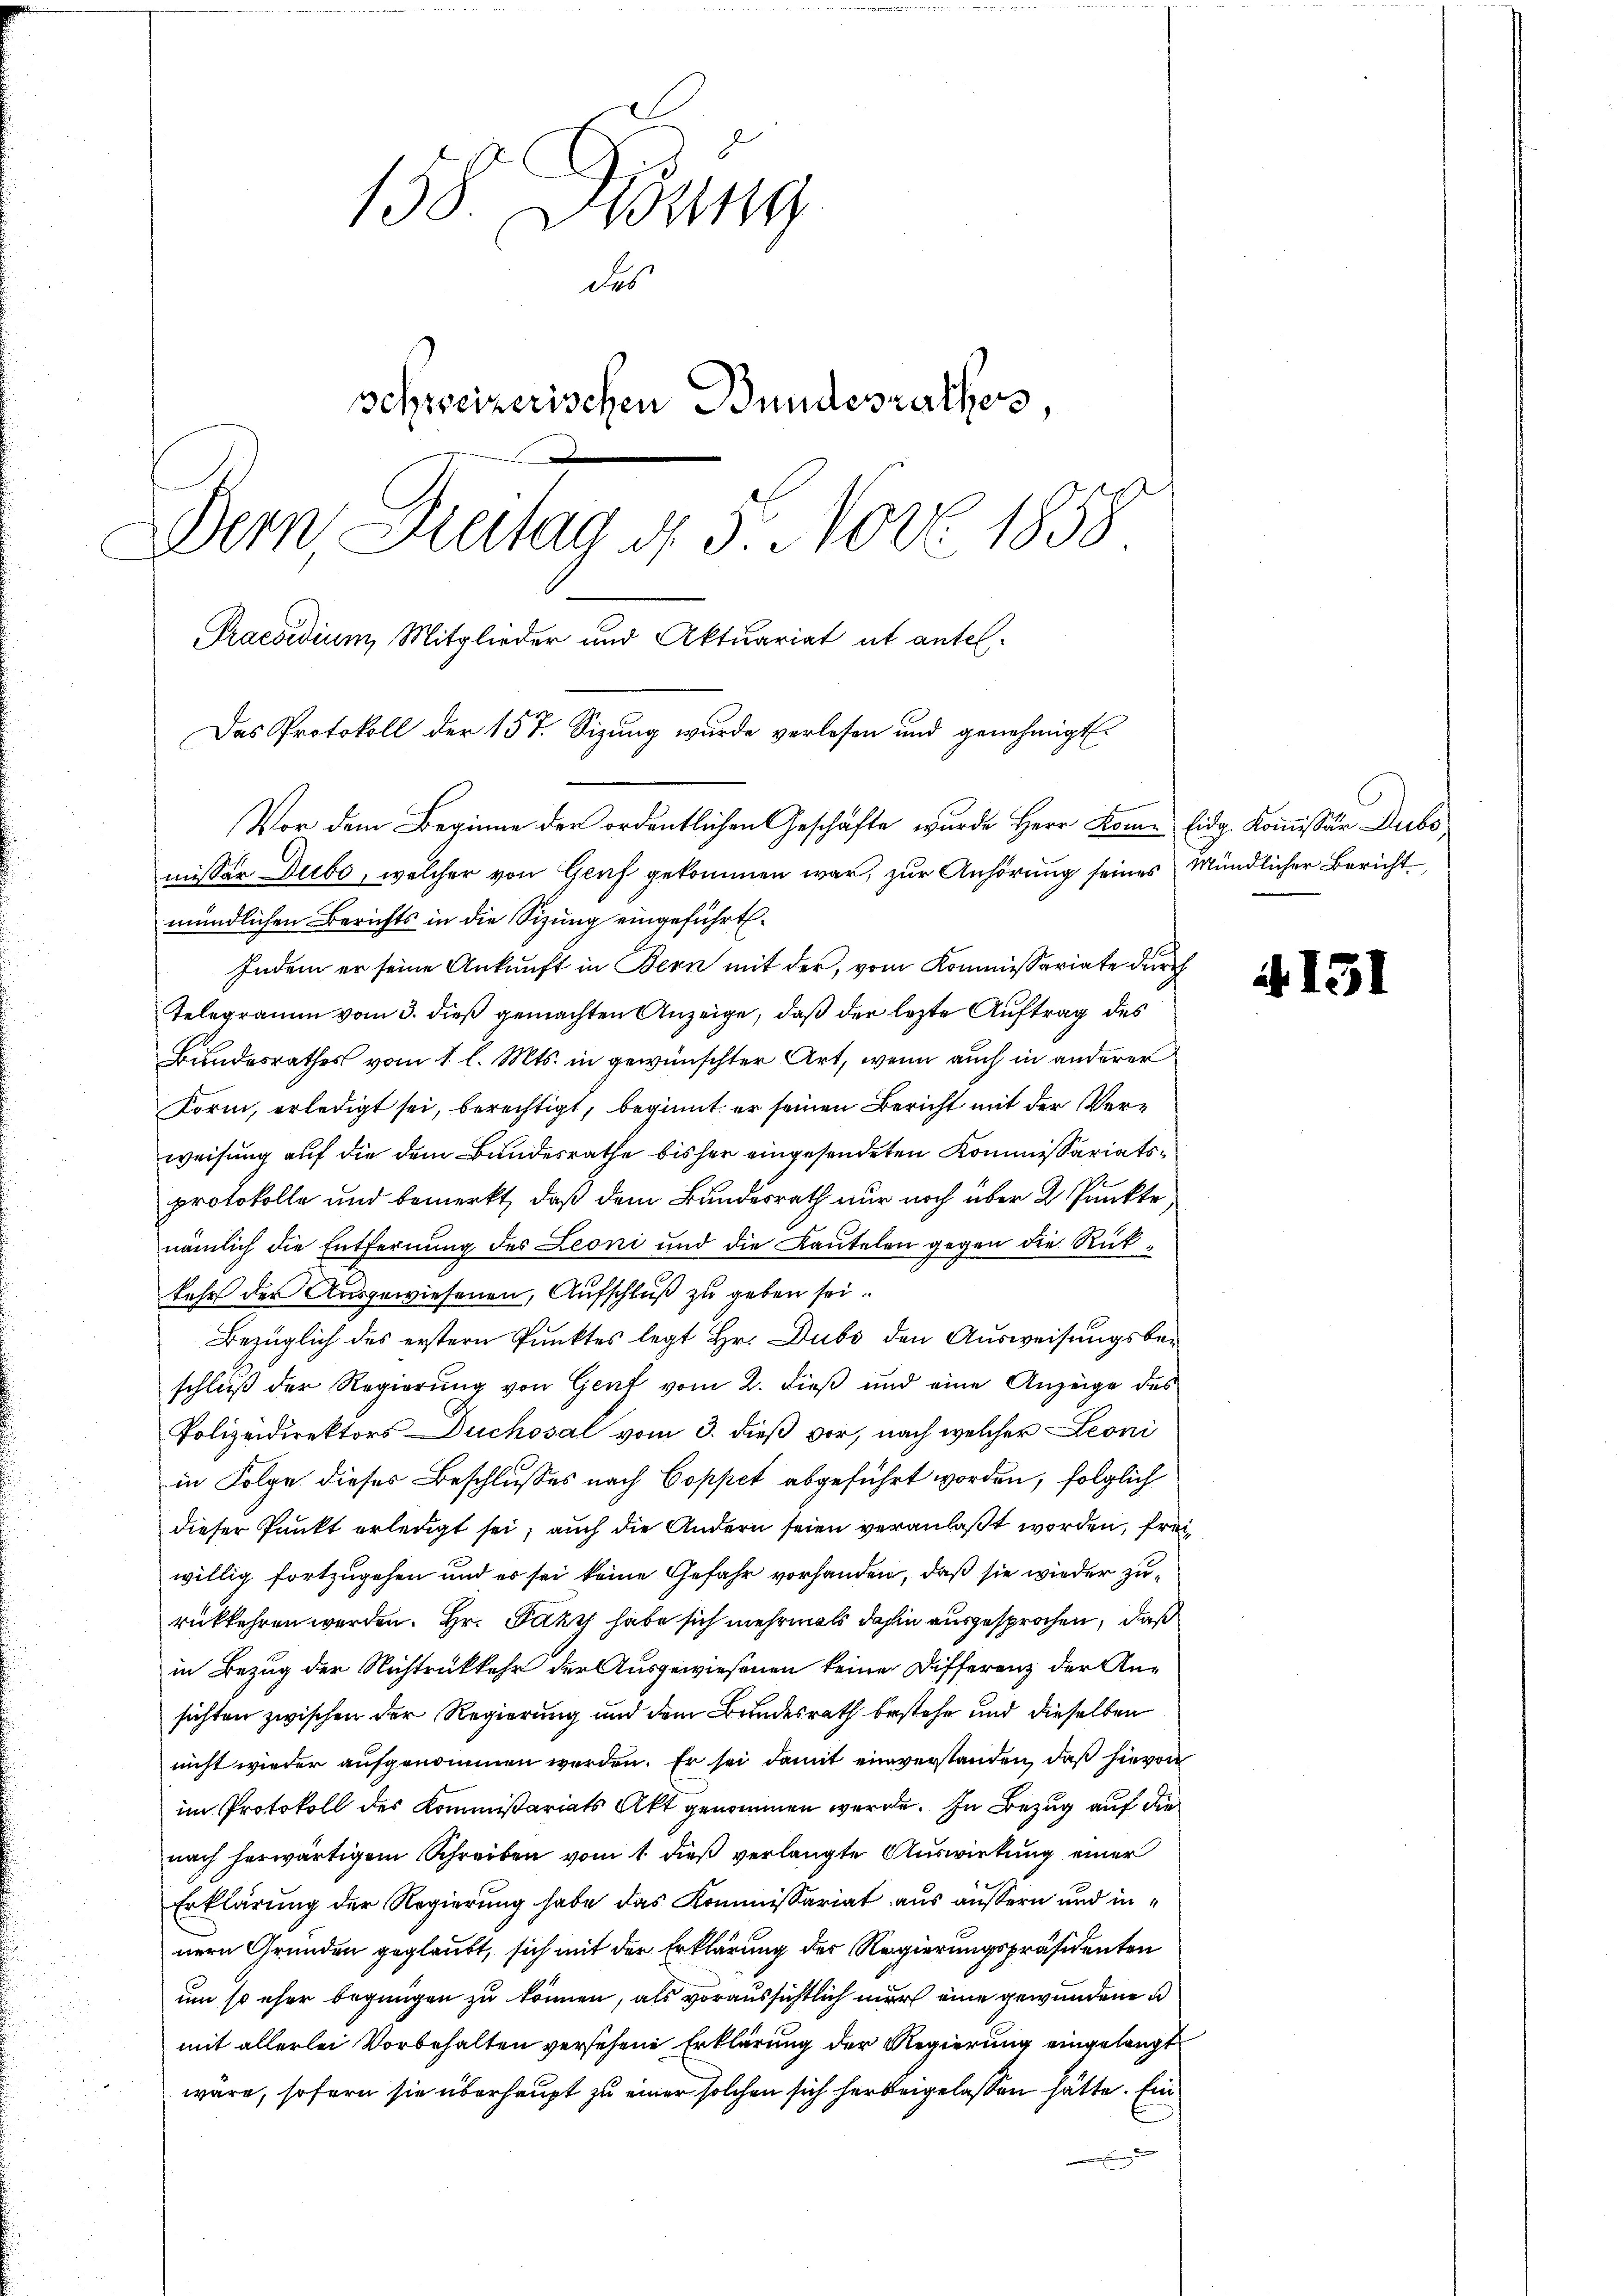
158. Gebung
des
schweizerischen Bundesrathes,
Bern, Antag 4. 5. Nov. 1858
Praesidium Mitglieder und Aktuariat ut antel-

Das Protokoll der 157. Sizung wurde verlesen und genehmigt.
Vor dem Beginne der ordentlichen Geschäfte wurde Herr Kome Eidg. Kommissär Dubs
missar Dubo, welcher von Graf gekommen war, zur Anhörung seines Mündlicher Bericht

mündlichen Berichts in die Sizung eingeführt.
Indem er seine Ankunft in Bern mit der, vom Kommissariate durch
Telegramm vom 3. dieß gemachten Anzeige, daß der lezte Auftrag des
Bundesrathes vom 1. l. Mts. in gewünschter Art, wenn auch in anderer
Korm, erledigt sei, berechtigt, beginnt er seinen Bericht mit der Verweisung auf die dem Bundesrathe bisher eingesendeten Kommissariatsprotokolle und bemerkt, daß dem Bundesrath nur noch über 2 Punkte
nämlich die Entfernung des Leoni und die Kautelen gegen die Rükkehr der Ausgewiesenen, Aufschluß zu geben sei.
Bezüglich des erstern Punktes legt Hr. Dubs den Ausweisungsbeschluß der Regierung von Gent vom 2. dieß und eine Anzeige des
Polizeidirektors Duchosal vom 3. dieß vor, nach welcher Leoni
in Folge dieses Beschlusses nach Coppet abgeführt worden, folglich
dieser Punkt erledigt sei; auch die Andern seien veranlaßt worden, frei
willig fortzugehen und es sei keine Gefahr vorhanden, daß sie wieder zurükkehren werden. Hr. Faky habe sich mehrmals dahin ausgesprochen, daß
in Bezug der Nichtrückkehr der Ausgewiesenen keine Differenz der Ansichten zwischen der Regierung und dem Bundesrath bestehe und dieselben
nicht wieder aufgenommen werden. Er sei damit einverstanden, daß hievon
im Protokoll des Kommißariats Akt genommen werde. In Bezug auf die
nach herwärtigem Schreiben vom 1. dieß verlangte Auswirkung einer
Erklärung der Regierung habe das Kommissariat aus äussern und in
nern Gründen geglaubt, sich mit der Erklärung der Regierungspräsidenten
um so eher begnügen zu können, als voraussichtlich nur eine gewundene
mit allerlei Vorbehalten versehene Erklärung der Regierung eingelangt
wäre, sofern sie überhaupt zu einer solchen sich herbeigelassen hätte. Ein

A 131